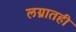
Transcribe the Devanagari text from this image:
लग्नातही